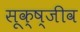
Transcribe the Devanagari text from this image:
सूक्ष्जीव